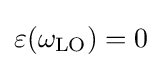
\varepsilon (\omega _{\text{LO}})=0